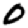
Digit: 0